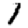
Digit: 1